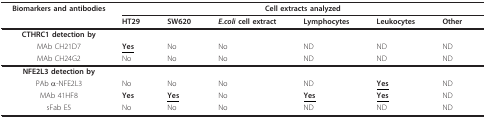
<table><thead><tr><td><b>Biomarkers and antibodies</b></td><td colspan="6"><b>Cell extracts analyzed</b></td></tr><tr><td></td><td><b>HT29</b></td><td><b>SW620</b></td><td><b><i>E.coli </i>cell extract</b></td><td><b>Lymphocytes</b></td><td><b>Leukocytes</b></td><td><b>Other</b></td></tr></thead><tbody><tr><td><b>CTHRC1 detection by</b></td><td></td><td></td><td></td><td></td><td></td><td></td></tr><tr><td>MAb CH21D7</td><td><b><underline>Yes</underline></b></td><td>No</td><td>No</td><td>ND</td><td>ND</td><td>ND</td></tr><tr><td>MAb CH24G2</td><td>No</td><td>No</td><td>No</td><td>ND</td><td>ND</td><td>ND</td></tr><tr><td><b>NFE2L3 detection by</b></td><td></td><td></td><td></td><td></td><td></td><td></td></tr><tr><td>PAb α-NFE2L3</td><td>No</td><td>No</td><td>No</td><td>ND</td><td><b><underline>Yes</underline></b></td><td>ND</td></tr><tr><td>MAb 41HF8</td><td><b>Yes</b></td><td><b><underline>Yes</underline></b></td><td>No</td><td><b><underline>Yes</underline></b></td><td><b><underline>Yes</underline></b></td><td>ND</td></tr><tr><td>sFab E5</td><td>No</td><td>No</td><td>No</td><td>ND</td><td>ND</td><td>ND</td></tr></tbody></table>